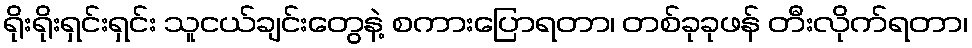
ရိုးရိုးရှင်းရှင်း သူငယ်ချင်းတွေနဲ့ စကားပြောရတာ၊ တစ်ခုခုဖန် တီးလိုက်ရတာ၊